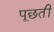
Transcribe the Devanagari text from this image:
पूछतीं